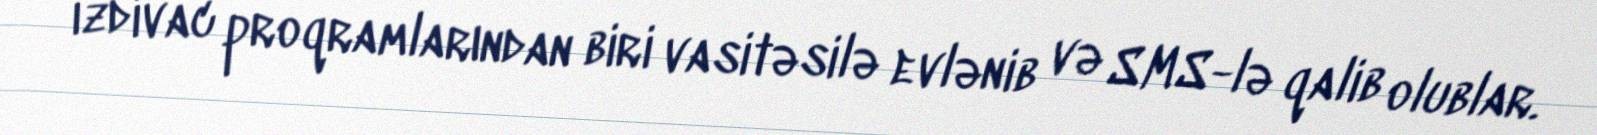
izdivac proqramlarından biri vasitəsilə evlənib və SMS-lə qalib olublar.